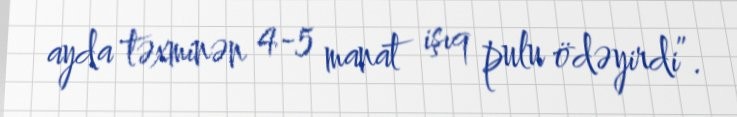
ayda təxminən 4-5 manat işıq pulu ödəyirdi”.